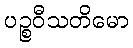
ပဉ္စဝီသတိမော